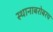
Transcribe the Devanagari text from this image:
स्थानाबरोबरच